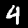
Digit: 4